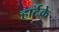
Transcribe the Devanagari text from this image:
हार्टके